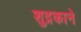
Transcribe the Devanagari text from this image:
शुद्रकाने